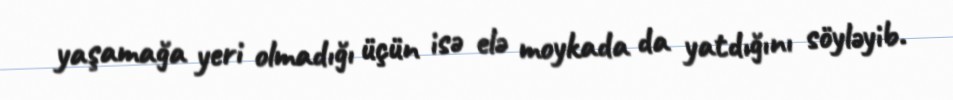
yaşamağa yeri olmadığı üçün isə elə moykada da yatdığını söyləyib.